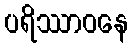
ပရိဿာဝနေ